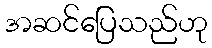
အဆင်ပြေသည်ဟု